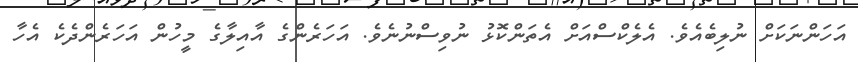
އަހަންނަކަށް ނުލިބެއެވެ. އެލެކްސްއަށް އެތަންކޮޅު ނުވިސްނުނެވެ. އަހަރެންގެ އާއިލާގެ މީހުން އަހަރެންދެކެ އެހާ